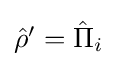
{\textstyle {\hat {\rho }}'={\hat {\Pi }}_{i}}